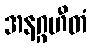
အနဂ္ဂဟီတံ